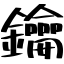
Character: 鑰